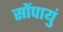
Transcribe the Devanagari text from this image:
सोंपायुं